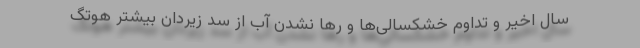
سال اخیر و تداوم خشکسالی‌ها و رها نشدن آب از سد زیردان بیشتر هوتگ